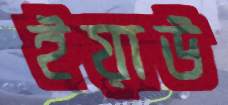
ইয়াউ